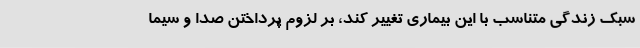
سبک زندگی متناسب با این بیماری تغییر کند، بر لزوم پرداختن صدا و سیما